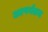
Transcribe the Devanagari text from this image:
आपर्यतय